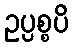
ဥပ္ပစ္စပိ